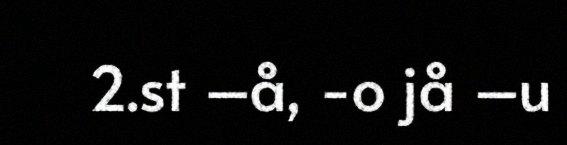
2.st –å, -o jå –u